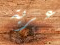
عربة